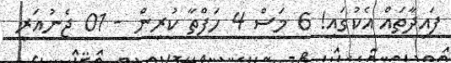
ފައިދާތައް އެކުގައި! 6 މަސް 4 ހަފްތާ ކުރިން - 01 ޖެނުއަރީ